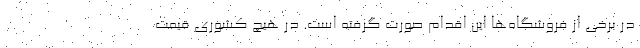
در برخی از فروشگاه‌ها این اقدام صورت گرفته است. در هیچ کشوری قیمت